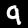
Digit: 9